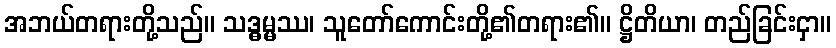
အဘယ်တရားတို့သည်။ သဒ္ဓမ္မဿ၊ သူတော်ကောင်းတို့၏တရား၏။ ဋ္ဌိတိယာ၊ တည်ခြင်းငှာ။